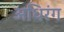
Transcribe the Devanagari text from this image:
अधिरंग